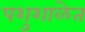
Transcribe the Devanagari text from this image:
पशुशाळेत